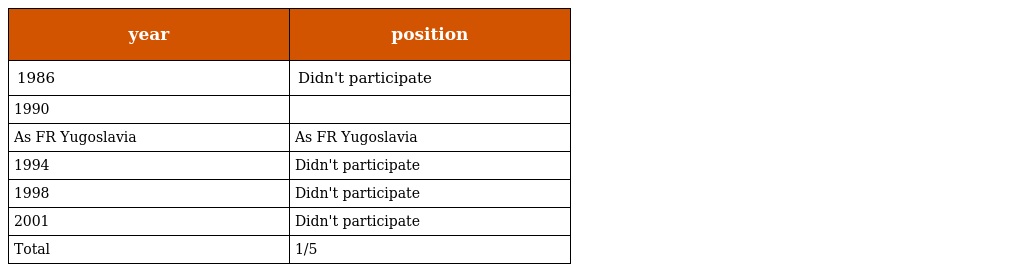
| year | position |
 | --- | --- |
 | 1986 | Didn't participate |
 | 1990 |  |
 | As FR Yugoslavia | As FR Yugoslavia |
 | 1994 | Didn't participate |
 | 1998 | Didn't participate |
 | 2001 | Didn't participate |
 | Total | 1/5 |